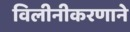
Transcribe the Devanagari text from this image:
विलीनीकरणाने